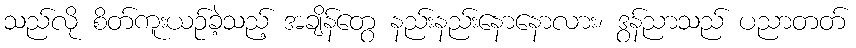
သည်လို စိတ်ကူးယဉ်ခဲ့သည့် အချိန်တွေ နည်းနည်းနောနောလား၊ ဒွန်ညာသည် ပညာတတ်